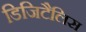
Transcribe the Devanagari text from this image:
डिजिटैलिस